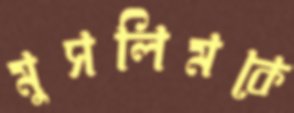
মুসলিমকে